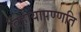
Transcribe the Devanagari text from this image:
विहायापण्णति